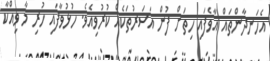
އެހަނދާންތައް އާވެފައި ހިތަށް ފުން އަސަރުތަކެއް ކުރުވިއެވެ. ހުޅުވާފައި ހުރި މާ ވިއްކާ